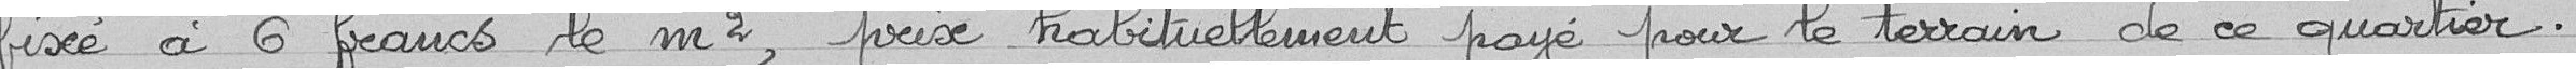
fixé à 6 francs le m², prix habituellement payé pour le terrain de ce quartier.